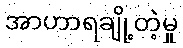
အာဟာရချို့တဲ့မှု